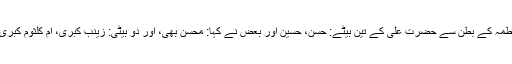
حضرت فاطمہ کے بطن سے حضرت علی کے تین بیٹے: حسن، حسین اور بعض نے کہا: محسن بھی، اور دو بیٹی: زینب کبریٰ، ام کلثوم کبریٰ پیدا ہوئیں۔